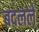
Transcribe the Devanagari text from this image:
बदललें